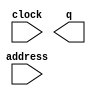
module five_new2 (
	address,
	clock,
	q);

	input	[9:0]  address;
	input	  clock;
	output	[11:0]  q;
`ifndef ALTERA_RESERVED_QIS
// synopsys translate_off
`endif
	tri1	  clock;
`ifndef ALTERA_RESERVED_QIS
// synopsys translate_on
`endif

endmodule